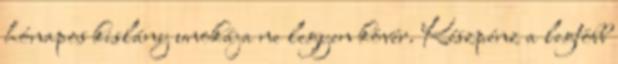
hónapos kislány unokája ne legyen kövér. Készpénz a legtöbb